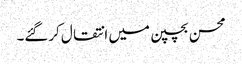
محسن بچپن میں انتقال کرگئے۔